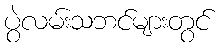
ပွဲလမ်းသဘင်များတွင်